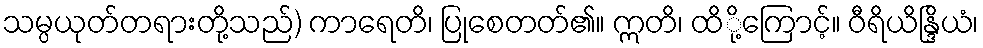
သမ္ပယုတ်တရားတို့သည်) ကာရေတိ၊ ပြုစေတတ်၏။ ဣတိ၊ ထိို့ကြောင့်။ ဝီရိယိန္ဒြိယံ၊